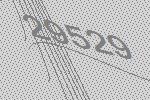
29529